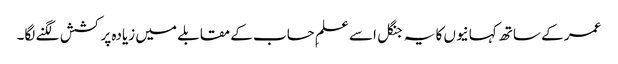
عمر کے ساتھ کہانیوں کا یہ جنگل اسے علمِ حساب کے مقابلے میں زیادہ پرکشش لگنے لگا۔